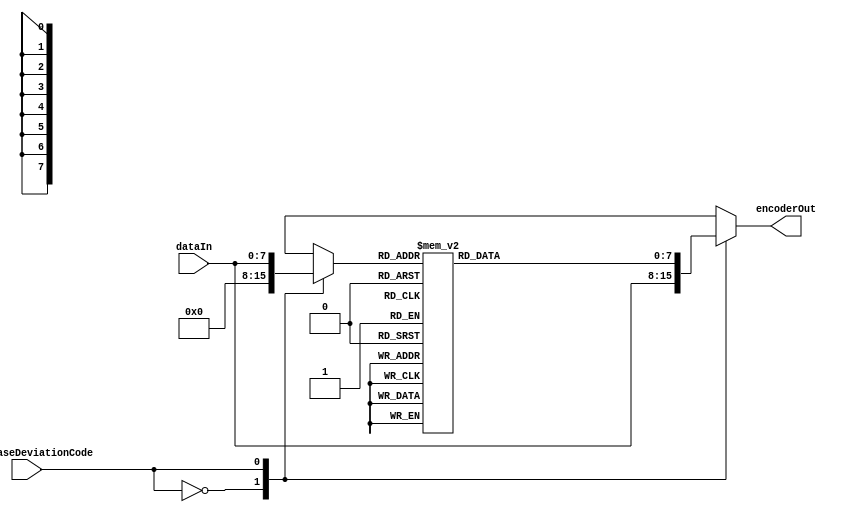
/*
 *	Authored 2015--2016. Phillip Stanley-Marbell.
 *
 *	This work is based in part on the publications:
 *	*	P. Stanley-Marbell and M. Rinard. "Value-Deviation-
 *		Bounded Serial Data Encoding for Energy-Efficient
 *		Approximate Communication", MIT-CSAIL-TR-2015-022, 2015.
 *
 *	*	P. Stanley-Marbell and M. Rinard. "Efficiency Limits for
 *		Value-Deviation-Bounded Approximate Communication", 
 *		IEEE Embedded Systems Letters Journal, 2015.
 *
 *	*	P. Stanley-Marbell and M. Rinard, "Reducing Serial I/O Power
 *		in Error-Tolerant Applications by Efficient Lossy Encoding",
 *		IEEE/ACM DAC 2016.
 *
 *	All rights reserved.
 *
 *	Redistribution and use in source and binary forms, with or without
 *	modification, are permitted provided that the following conditions
 *	are met:
 *
 *	*	Redistributions of source code must retain the above
 *		copyright notice, this list of conditions and the following
 *		disclaimer.
 *
 *	*	Redistributions in binary form must reproduce the above
 *		copyright notice, this list of conditions and the following
 *		disclaimer in the documentation and/or other materials
 *		provided with the distribution.
 *
 *	*	Neither the name of the author nor the names of its
 *		contributors may be used to endorse or promote products
 *		derived from this software without specific prior written
 *		permission.
 *
 *	THIS SOFTWARE IS PROVIDED BY THE COPYRIGHT HOLDERS AND CONTRIBUTORS
 *	"AS IS" AND ANY EXPRESS OR IMPLIED WARRANTIES, INCLUDING, BUT NOT
 *	LIMITED TO, THE IMPLIED WARRANTIES OF MERCHANTABILITY AND FITNESS
 *	FOR A PARTICULAR PURPOSE ARE DISCLAIMED. IN NO EVENT SHALL THE
 *	COPYRIGHT OWNER OR CONTRIBUTORS BE LIABLE FOR ANY DIRECT, INDIRECT,
 *	INCIDENTAL, SPECIAL, EXEMPLARY, OR CONSEQUENTIAL DAMAGES (INCLUDING,
 *	BUT NOT LIMITED TO, PROCUREMENT OF SUBSTITUTE GOODS OR SERVICES;
 *	LOSS OF USE, DATA, OR PROFITS; OR BUSINESS INTERRUPTION) HOWEVER
 *	CAUSED AND ON ANY THEORY OF LIABILITY, WHETHER IN CONTRACT, STRICT
 *	LIABILITY, OR TORT (INCLUDING NEGLIGENCE OR OTHERWISE) ARISING IN
 *	ANY WAY OUT OF THE USE OF THIS SOFTWARE, EVEN IF ADVISED OF THE
 *	POSSIBILITY OF SUCH DAMAGE.
 */



module e4Encoder_8bitData_1bitControl(dataIn, worstCaseDeviationCode, encoderOut);
	input		[7:0]	dataIn;
	input		[0:0]	worstCaseDeviationCode;
	output reg	[7:0]	encoderOut;

	reg		[7:0]	M1encoderOut;

	reg		[7:0]	M1dataIn;



	always @ (*)
	begin
		case (worstCaseDeviationCode)
			1'b0:
			begin
				M1dataIn = 8'h00;
			end

			1'b1:
			begin
				M1dataIn = dataIn;
			end
		endcase



		/*
		 *	M1dataIn => worst-case deviation is '10'
		 */
		case (M1dataIn)
			8'h00,8'h01,8'h02,8'h03,
			8'h04,8'h05,8'h06,8'h07,
			8'h08,8'h09,8'h0A	: M1encoderOut = 8'h00;
			8'h0B			: M1encoderOut = 8'h01;
			8'h0C,8'h0D		: M1encoderOut = 8'h03;
			8'h0E,8'h10,8'h11	: M1encoderOut = 8'h07;
			8'h0F,8'h12,8'h13,8'h14,
			8'h15,8'h16,8'h17,8'h18,
			8'h19			: M1encoderOut = 8'h0F;
			8'h1A,8'h1B,8'h1C,8'h1D,
			8'h1E,8'h1F,8'h20,8'h21,
			8'h22,8'h23,8'h24,8'h25,
			8'h26,8'h27,8'h28,8'h29	: M1encoderOut = 8'h1F;
			8'h2A			: M1encoderOut = 8'h20;
			8'h2B,8'h2C,8'h2D,8'h2E,
			8'h2F,8'h30,8'h31,8'h32,
			8'h33,8'h34		: M1encoderOut = 8'h30;
			8'h35,8'h36,8'h37,8'h38,
			8'h39,8'h3A,8'h3B,8'h3C,
			8'h3D,8'h3E,8'h3F,8'h40,
			8'h41,8'h42,8'h43,8'h44,
			8'h45,8'h46,8'h47,8'h48,
			8'h49			: M1encoderOut = 8'h3F;
			8'h4A			: M1encoderOut = 8'h40;
			8'h4B			: M1encoderOut = 8'h41;
			8'h4C,8'h4D		: M1encoderOut = 8'h43;
			8'h4E,8'h50,8'h51	: M1encoderOut = 8'h47;
			8'h4F,8'h52,8'h53,8'h54,
			8'h55			: M1encoderOut = 8'h4F;
			8'h56,8'h57,8'h58,8'h59,
			8'h5A,8'h5B,8'h5C,8'h5D,
			8'h5E,8'h5F,8'h60,8'h61,
			8'h62,8'h63,8'h64,8'h65,
			8'h66,8'h67,8'h68,8'h69,
			8'h6A			: M1encoderOut = 8'h60;
			8'h6B,8'h6C,8'h6D,8'h6E,
			8'h6F,8'h70,8'h71,8'h72,
			8'h73,8'h74		: M1encoderOut = 8'h70;
			8'h75,8'h76,8'h77,8'h78,
			8'h79,8'h7A,8'h7B,8'h7C,
			8'h7D,8'h7E,8'h7F,8'h81,
			8'h82,8'h83,8'h84,8'h85,
			8'h86,8'h87,8'h88,8'h89	: M1encoderOut = 8'h7F;
			8'h80,8'h8A		: M1encoderOut = 8'h80;
			8'h8B			: M1encoderOut = 8'h81;
			8'h8C,8'h8D		: M1encoderOut = 8'h83;
			8'h8E,8'h90,8'h91	: M1encoderOut = 8'h87;
			8'h8F,8'h92,8'h93,8'h94,
			8'h95,8'h96,8'h97,8'h98,
			8'h99			: M1encoderOut = 8'h8F;
			8'h9A,8'h9B,8'h9C,8'h9D,
			8'h9E,8'h9F,8'hA0,8'hA1,
			8'hA2,8'hA3,8'hA4,8'hA5,
			8'hA6,8'hA7,8'hA8,8'hA9	: M1encoderOut = 8'h9F;
			8'hAA			: M1encoderOut = 8'hA0;
			8'hAB,8'hAC,8'hAD,8'hAE,
			8'hAF,8'hB0,8'hB1,8'hB2,
			8'hB3,8'hB4		: M1encoderOut = 8'hB0;
			8'hB5			: M1encoderOut = 8'hBF;
			8'hB6,8'hB7,8'hB8,8'hB9,
			8'hBA,8'hBB,8'hBC,8'hBD,
			8'hBE,8'hBF,8'hC0,8'hC1,
			8'hC2,8'hC3,8'hC4,8'hC5,
			8'hC6,8'hC7,8'hC8,8'hC9,
			8'hCA			: M1encoderOut = 8'hC0;
			8'hCB			: M1encoderOut = 8'hC1;
			8'hCC,8'hCD		: M1encoderOut = 8'hC3;
			8'hCE,8'hD0,8'hD1	: M1encoderOut = 8'hC7;
			8'hCF,8'hD2,8'hD3,8'hD4,
			8'hD5			: M1encoderOut = 8'hCF;
			8'hD6,8'hD7,8'hD8,8'hD9,
			8'hDA,8'hDB,8'hDC,8'hDD,
			8'hDE,8'hDF,8'hE0,8'hE1,
			8'hE2,8'hE3,8'hE4,8'hE5,
			8'hE6,8'hE7,8'hE8,8'hE9,
			8'hEA			: M1encoderOut = 8'hE0;
			8'hEB,8'hEC,8'hED,8'hEE,
			8'hEF,8'hF0,8'hF1,8'hF2,
			8'hF3,8'hF4		: M1encoderOut = 8'hF0;
			8'hF5,8'hF6,8'hF7,8'hF8,
			8'hF9,8'hFA,8'hFB,8'hFC,
			8'hFD,8'hFE,8'hFF	: M1encoderOut = 8'hFF;
			default			: M1encoderOut = 8'h00;
		endcase /* M1dataIn */



		/*
		 *	Select the final output from amongst the sub-encoder blocks.
		 */
		case (worstCaseDeviationCode)
			1'b0: encoderOut = dataIn;
			1'b1: encoderOut = M1encoderOut;
			default	: encoderOut = dataIn;
		endcase
	end /* always @ (*) */
endmodule /* e4Encoder_8bitData_1bitControl */